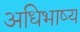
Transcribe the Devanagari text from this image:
अधिभाष्य